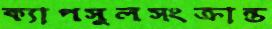
ক্যাপসুলসংক্রান্ত